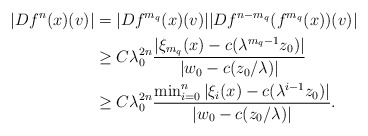
\begin{align*}|Df^n(x)(v)|&=|Df^{m_q}(x)(v)||Df^{n-m_q}(f^{m_q}(x))(v)|\\&\geq C \lambda_0^{2n} \frac{|\xi_{m_q}(x)-c(\lambda^{m_q-1}z_0)|}{|w_0-c(z_{0}/\lambda)|}\\&\geq C \lambda_0^{2n} \frac{\min_{i=0}^{n}|\xi_{i}(x)-c(\lambda^{i-1}z_0)|}{|w_0-c(z_{0}/\lambda)|}.\end{align*}